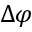
\Delta \varphi